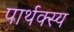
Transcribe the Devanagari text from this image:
पार्थक्स्य